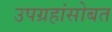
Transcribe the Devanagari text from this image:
उपग्रहांसोबत